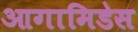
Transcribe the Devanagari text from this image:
आगामिडेस